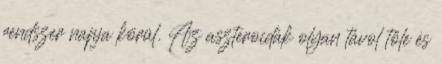
rendszer napja körül. Az aszteroidák olyan távol tőle és